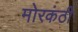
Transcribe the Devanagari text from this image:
मोरकंठी